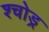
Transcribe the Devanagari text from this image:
श्चोड्र